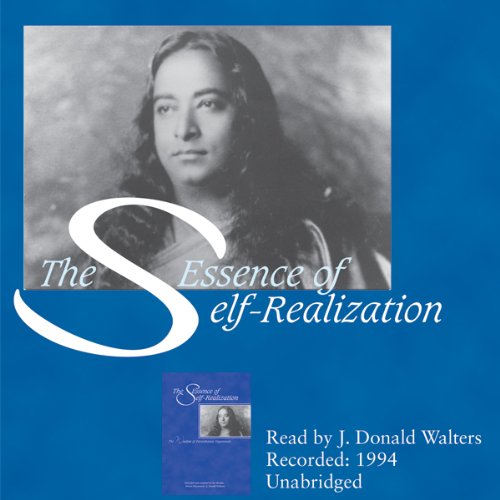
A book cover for The Essence of Self-Realization: The Wisdom of Paramhansa Yogananda; Swami Kriyananda; Religion & Spirituality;